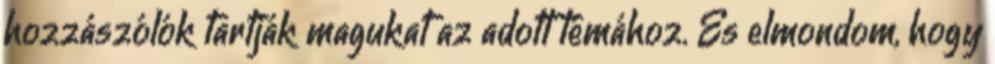
hozzászólók tartják magukat az adott témához. És elmondom, hogy